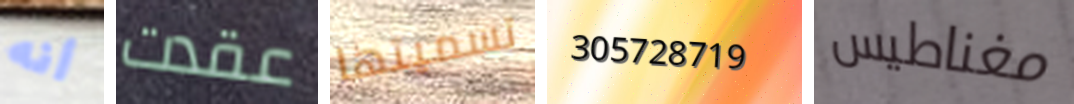
أنه عقدت تسميتها 305728719 مغناطيس